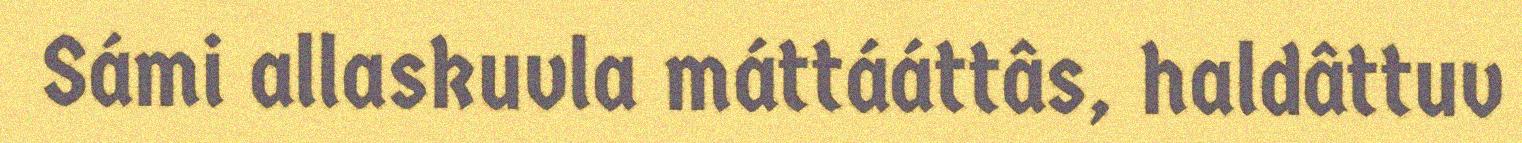
Sámi allaskuvla máttááttâs, haldâttuv